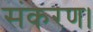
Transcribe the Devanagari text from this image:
संकरण।